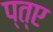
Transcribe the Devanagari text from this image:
प्त्ए